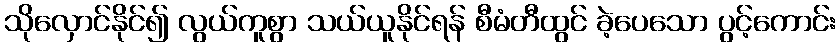
သိုလှောင်နိုင်၍ လွယ်ကူစွာ သယ်ယူနိုင်ရန် စီမံတီထွင် ခဲ့ပေသော ပွင့်ကောင်း